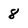
Character: 8